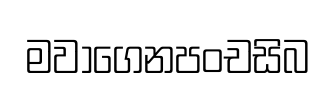
මවාගෙනපංචසිබ